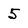
Character: 5